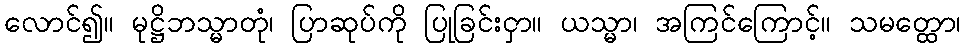
လောင်၍။ မုဋ္ဌိဘသ္မာတုံ၊ ပြာဆုပ်ကို ပြုခြင်းငှာ။ ယသ္မာ၊ အကြင်ကြောင့်။ သမတ္ထော၊